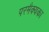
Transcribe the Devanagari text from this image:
परमैक्यका